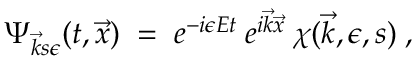
\Psi _ { \vec { k } s \epsilon } ( t , \vec { x } ) \; = \; e ^ { - i \epsilon E t } \: e ^ { i \vec { k } \vec { x } } \: \chi ( \vec { k } , \epsilon , s ) \; ,